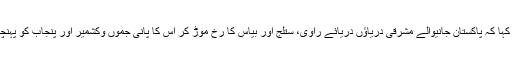
انہوں نے کہا کہ پاکستان جانیوالے مشرقی دریاؤں دریائے راوی، ستلج اور بیاس کا رخ موڑ کر اس کا پانی جموں وکشمیر اور پنجاب کو پہنچایا جائیگا۔